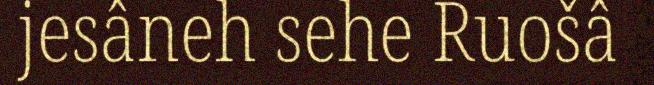
jesâneh sehe Ruošâ